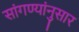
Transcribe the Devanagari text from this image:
सांगण्यांनुसार